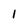
Character: l